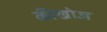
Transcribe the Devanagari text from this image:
कीखोज